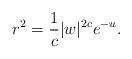
LaTeX: \begin{align*} r^2 = \frac{1}{c} |w|^{2c} e^{-u} .\end{align*}